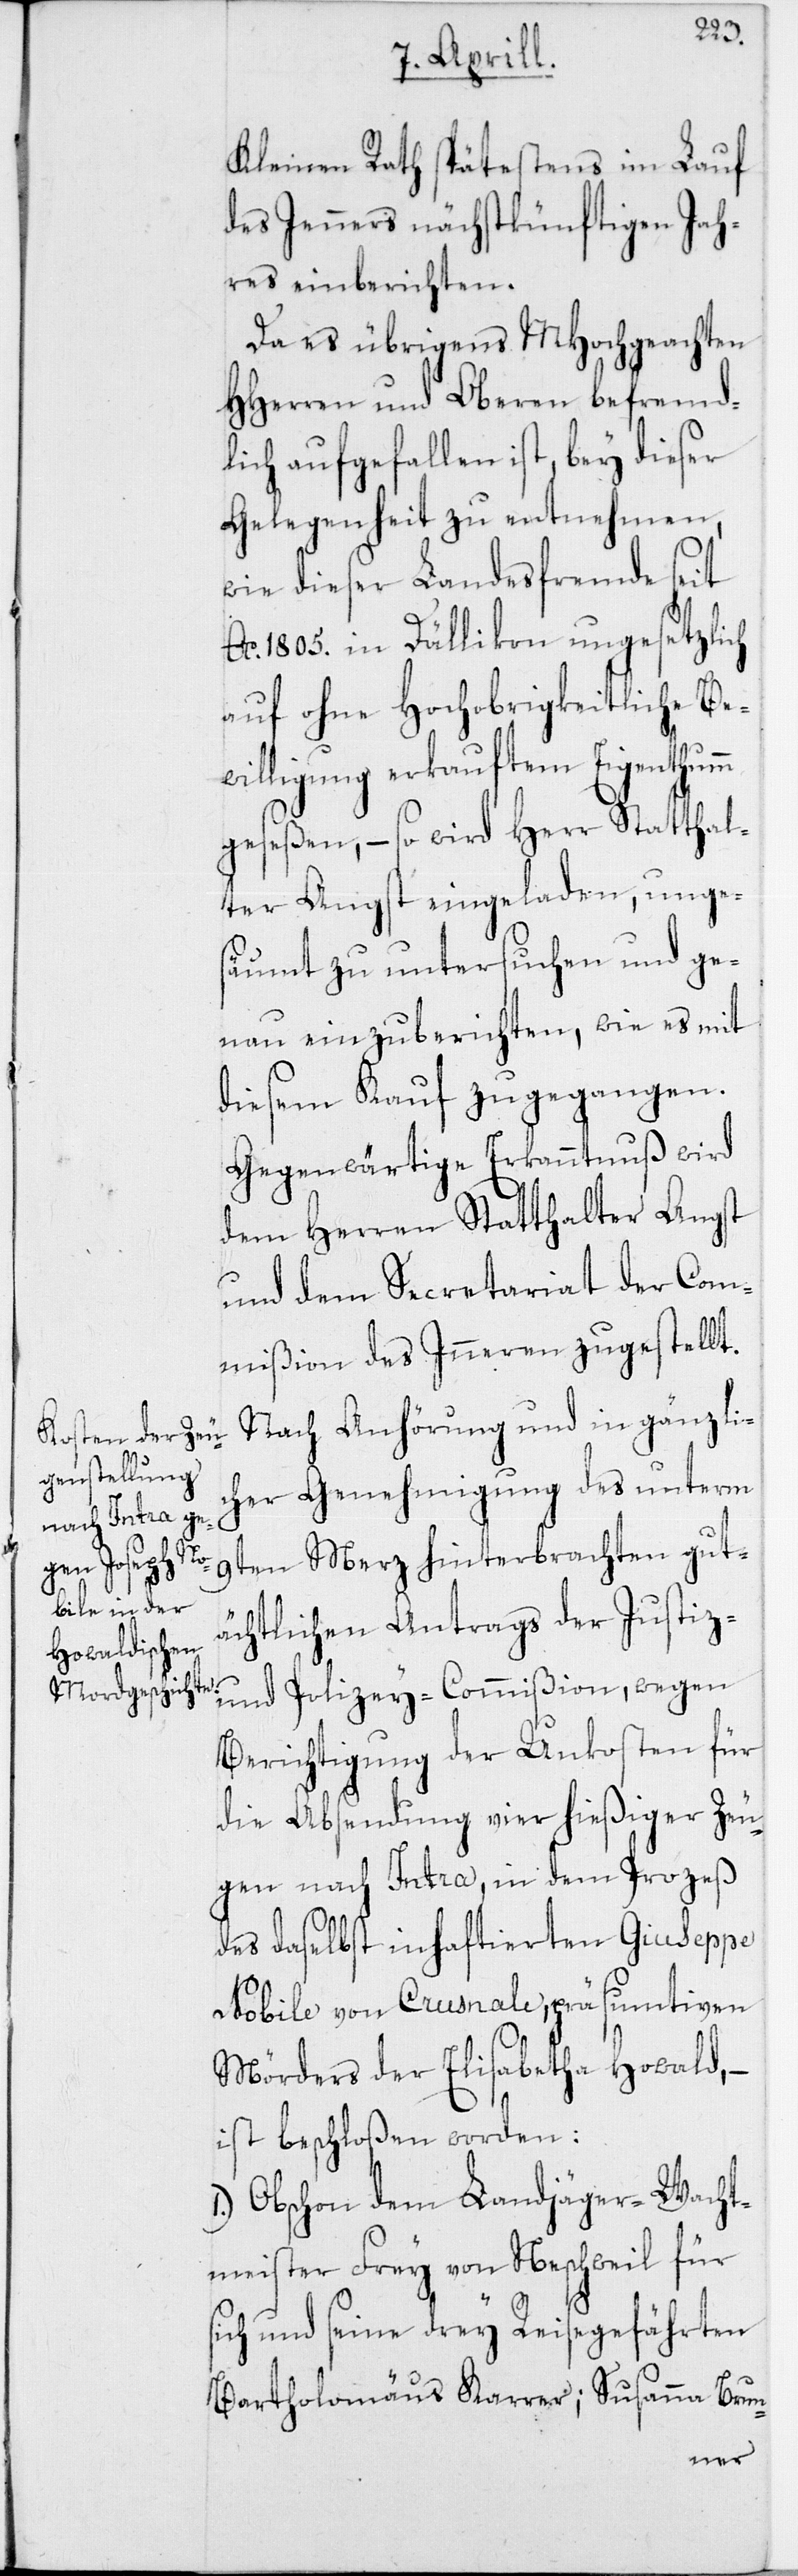
m

Kleinen Rath spätestens im Lauf
des Jenners nächst künftigen Jah¬
res einberichten.
Da es übrigens MHochgeachten
HHerren und Oberen befremd¬
lich aufgefallen ist, bey dieser
Gelegenheit zu entnehmen,
wie dieser Landesfremde seit
Ao 1805. in Dällikon ungesetzlich
auf ohne Hochobrigkeitliche Be¬
willigng erkauftem Eigenthum¬
geseßen, – so wird Herr Statthal¬
ter Angst eingeladen, unge¬
säumt zu untersuchen und ge¬
nau einzuberichten, wie es mit
diesem Kauf zugegangen.
Gegenwärtige Erkanntnuß wird
dem Herren Statthalter Angst
und dem Secretariat der Com¬
mißion des Inneren zugestellt.
Nach Anhörung und in gänzli¬
cher Genehmigung des unterm
9ten Merz hinterbrachten gut¬
ächtlichen Antrags der Justiz-
und Polizey-Commißion, wegen
Berichtigung der Unkosten für
die Absendung vier hießiger Zeu¬
gen nach Intra, in dem Prozeß
des daselbst inhaftierten Giuseppe
Nobile von Crusnale, präsumtiven
Mörders der Elisabetha Howald, –
ist beschloßen worden:
1. Obschon dem Landjäger-Wacht¬
meister Frey von Neschweil für
sich und seine drey Reisegefährten
Bartholomäus Karrer; Susanna Brun-